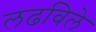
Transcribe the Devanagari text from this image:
लढविले